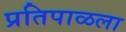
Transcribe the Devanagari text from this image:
प्रतिपाळला